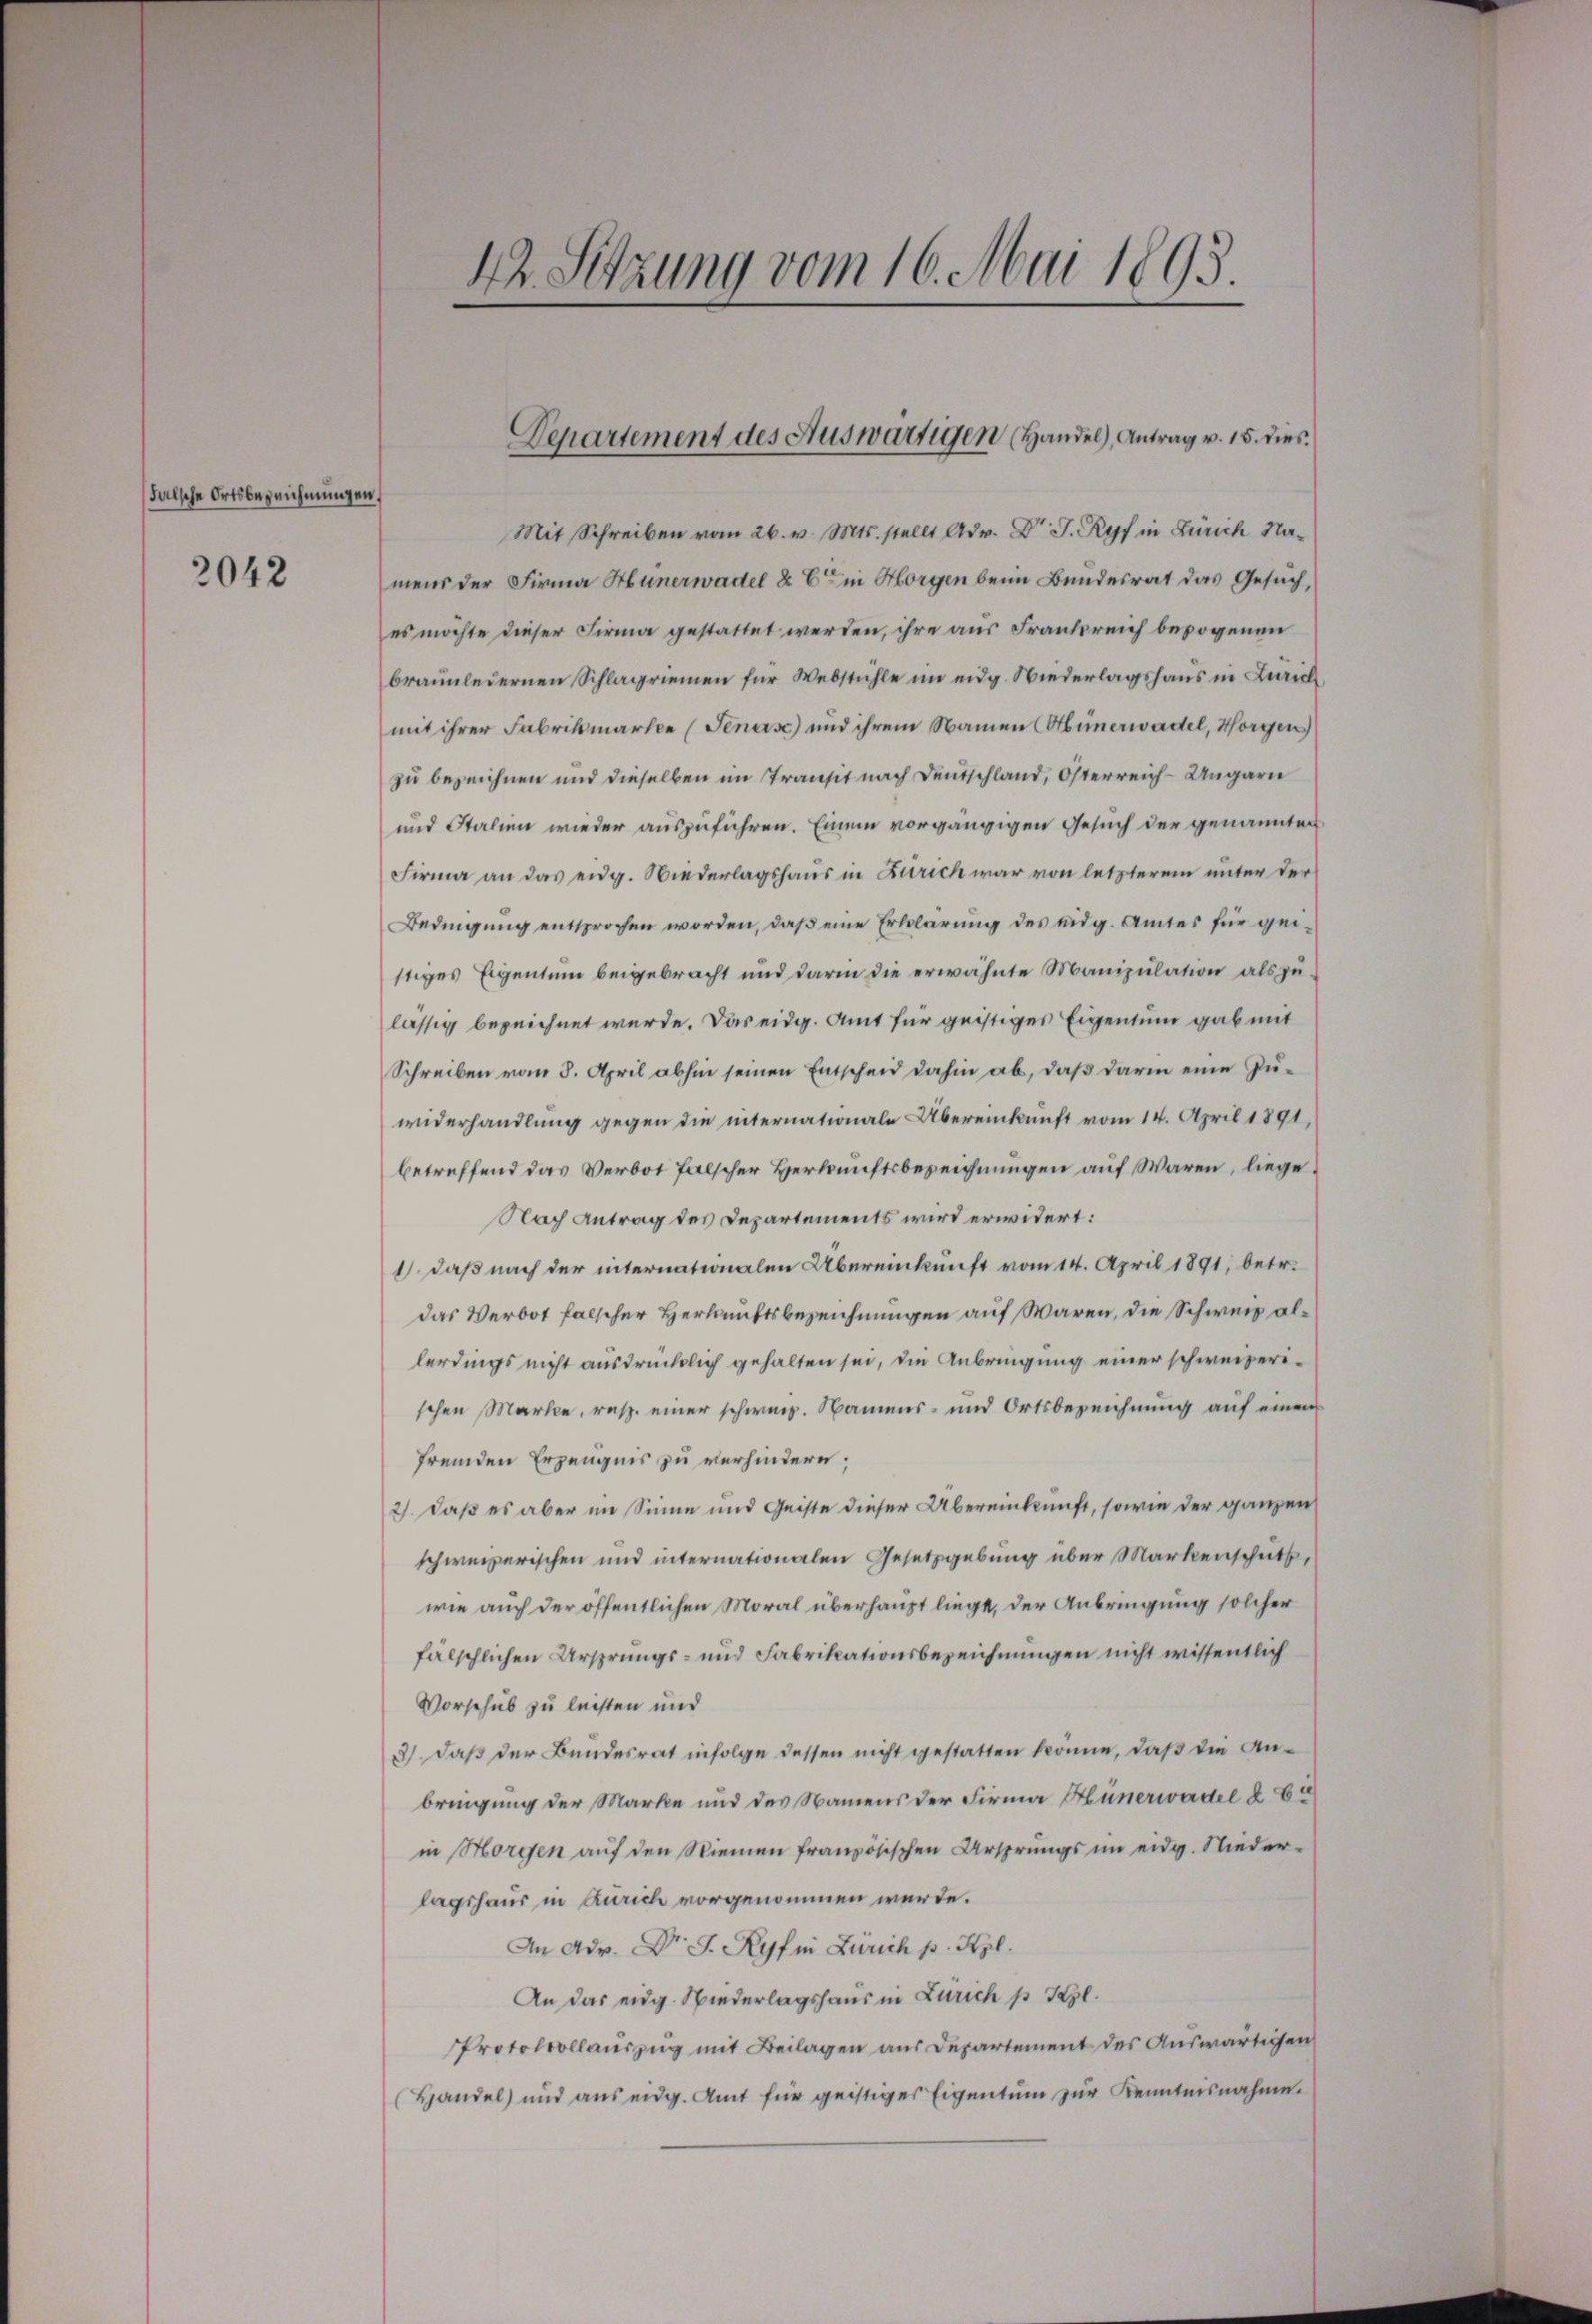
Falsche Ortsbezeichnungen,

2042

42. Setzung vom 16. Mai 1893.

Mit Schreiben vom 26. v. Mts. stellt Adv. Dr J. Ryf in Zürich Namens der Firma Hünerwadel & Er in Horgen beim Bundesrat das Gesuch,
es möchte dieser Firma gestattet werden, ihre aus Frankreich bezogenen
braunledernen Schlagriemen für Webstühle im eidg. Wiederlagshaus in Zürich
mit ihrer Fabrikmartie (Generse) und ihrem Namen (Abünerwadel, Horgen
zu bezeichnen und dieselben im Transit nach Deutschland, Österreich-Ungarn
und Stalien wieder auszuführen. Einem vorgängigen Gesuch der genannten
Firma an das eidg. Wiederlagshaus in Zürich war von letzterem unter der
Bedingung entsprochen worden, daß eine Erklärung des eidg. Amtes für geistiges Eigentum beigebracht und darin die erwähnte Manipulation als zulässig bezeichnet werde. Das eidg. Amt für geistiges Eigentum gab mit
Schreiben vom 8. April abhin seinen Entscheid dahin ab, daß darin eine Zuwiderhandlung gegen die internationale Übereinkunft vom 14. April 1891,
betreffend das Verbot falscher Herkunftsbezeichnungen auf Waren, liege
Nach Antrag des Departements wird erwidert:
1), daß nach der internationalen Übereinkunft vom 14. April 1891, betr.
das Verbot falscher Herkunftsbezeichnungen auf Waren, die Schweiz allerdings nicht ausdrücklich gehalten sei, die Anbringung einer schweizerischen Marke, resp. einer schweiz. Namens- und Ortsbezeichnung auf einen
fremden Erzeugnis zu verhindern;
2) daß es aber im Sinne und Geiste dieser Übereinkunft, sowie der ganzen
schweizerischen und internationalen Gesetzgebung über Markenschutz,
wie auch der öffentlichen Moral überhaupt liegt, der Anbringung solcher
fälschlichen Ursprungs- und Fabrikationsbezeichnungen nicht wissentlich
Vorschub zu leisten und
3) daß der Bundesrat infolge dessen nicht gestatten könne, daß die Anbringung der Marke und des Namens der Firma Hünerwadel à 60
in Horgen auf den Niemen französischen Ursprungs im eidg. Nieder-
lagshaus in Zürich vorgenommen werde.
An Adv. Dr J. Ryfm Zürich p. Kgl.
An das eidg. Wiederlagshaus in Zürich p Kgl.
Protokollauszug mit Beilagen aus Departement des Auswärtigen
Handel und ans eidg. Amt für geistiger Eigentum zŭr Kenntnisnahme.

Departement des Auswärtigen (Handel), Antrag v. 15. dies.